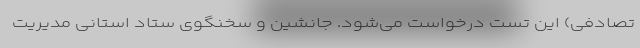
تصادفی) این تست درخواست می‌شود. جانشین و سخنگوی ستاد استانی مدیریت